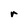
Character: r